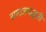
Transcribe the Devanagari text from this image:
समाजपद्धती